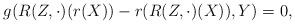
LaTeX: \begin{align*}g(R(Z, \cdot)(r(X))-r(R(Z,\cdot)(X)), Y) =0,\end{align*}